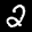
Label: 2